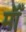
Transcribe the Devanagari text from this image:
मॉँ